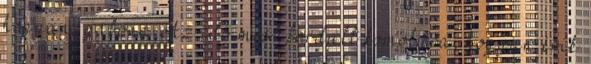
hogyan, gabona Az idő most fordult komolyra, hogyan érik